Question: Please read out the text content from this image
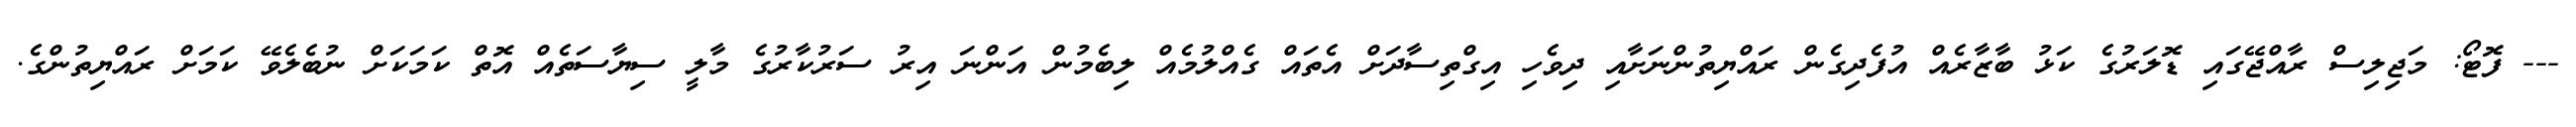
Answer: --- ފޮޓޯ: މަޖިލިސް ރާއްޖޭގައި ޑޮލަރުގެ ކަޅު ބާޒާރެއް އުފެދިގެން ރައްޔިތުންނަށާއި ދިވެހި އިގްތިސާދަށް އެތައް ގެއްލުމެއް ލިބެމުން އަންނަ އިރު ސަރުކާރުގެ މާލީ ސިޔާސަތެއް އޮތް ކަމަކަށް ނުބެލެވޭ ކަމަށް ރައްޔިތުންގެ.